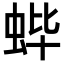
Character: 𬠃